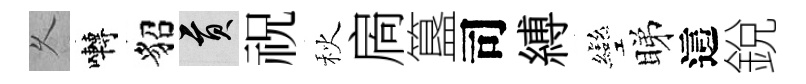
乆囀貂貢祝秋扄簋司縛彎睇這銳